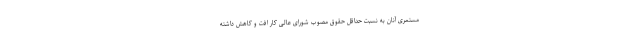
مستمری آنان به نسبت حداقل‌ حقوق مصوب شورای عالی کار افت و کاهش داشته